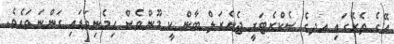
އޭގެ ތެރޭގައި އދގެ ސެކްރެޓަރީ ޖެނެރަލް ބާން ކީ މޫންވެސް ހިމެނިވަޑައި ގަންނަވައެވެ.